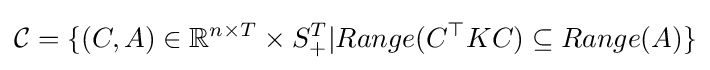
{\mathcal {C}}=\{(C,A)\in \mathbb {R} ^{n\times T}\times S_{+}^{T}|Range(C^{\top }KC)\subseteq Range(A)\}